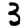
Digit: 3